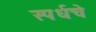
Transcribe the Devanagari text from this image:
स्पर्धचे